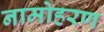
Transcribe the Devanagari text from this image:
नामोहरण